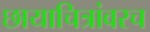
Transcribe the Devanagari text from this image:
छायाचित्रांवरच